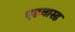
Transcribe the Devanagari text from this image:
एडवास्ड